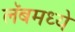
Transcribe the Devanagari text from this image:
लॅबमध्ये